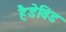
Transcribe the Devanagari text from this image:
हैडेविड